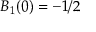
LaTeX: B _ { 1 } ( 0 ) = - 1 / 2